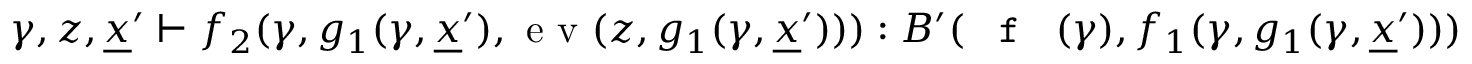
\gamma , z , \underline { { x } } ^ { \prime } \vdash f _ { 2 } ( \gamma , g _ { 1 } ( \gamma , \underline { { x } } ^ { \prime } ) , \textnormal { e v } ( z , g _ { 1 } ( \gamma , \underline { { x } } ^ { \prime } ) ) ) : B ^ { \prime } ( \textnormal { \texttt { f } } ( \gamma ) , f _ { 1 } ( \gamma , g _ { 1 } ( \gamma , \underline { { x } } ^ { \prime } ) ) )